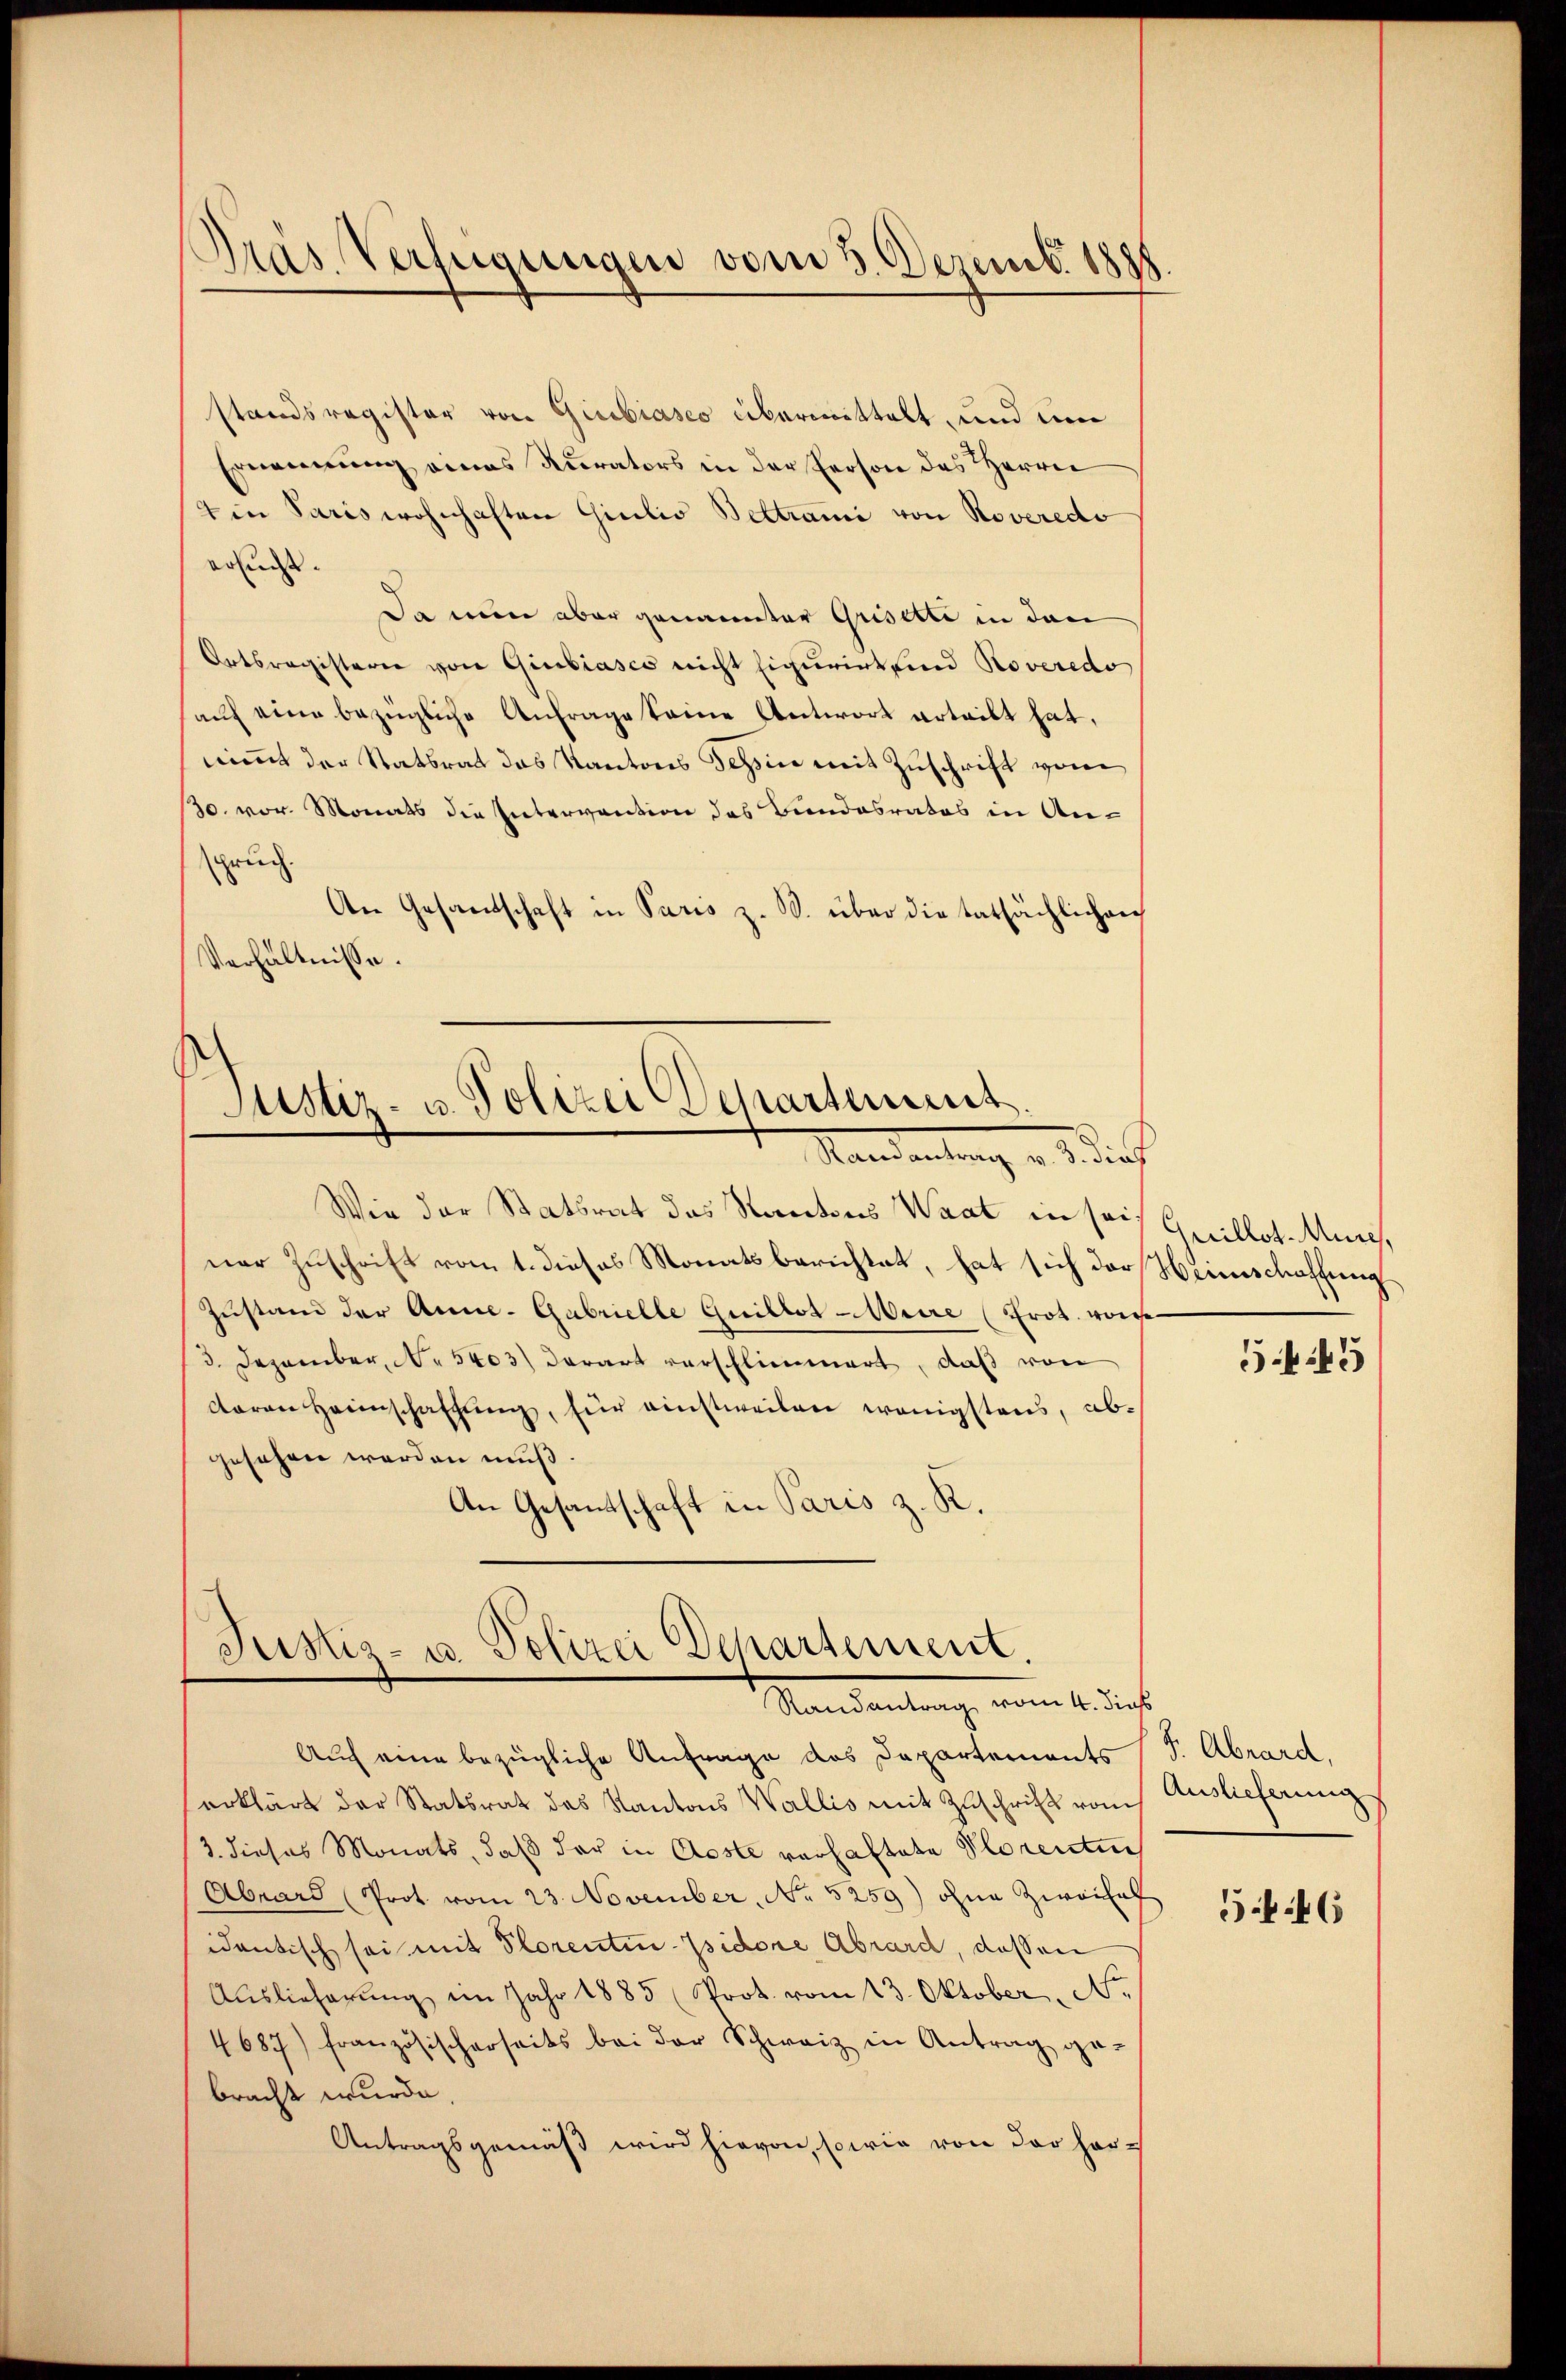
Präs. Verfügungen vom 3. Dezemb. 1888

standsregister von Giubiasco übermittelt, und um
Ernennung eines Kurators in der Person des Herrn
4 in Paris wohnhaften Gicilio Bettrami von Noverecto
ersucht.
Da nun aber genannter Grisette in den
Ortsregisterie von Giubiasco nicht figurirt sind Roveredo
auf eine bezügliche Anfrage keine Antwort erteilt hat,
nimt der Statsrat das Kantons Tessin mit Zuschrift von
30. vor. Monats die Intervention das Bundesrates in Anruch.
An Gesandtschaft in Paris z. B. über die tatsächlichen
Verhältnisse.

Justiz- u. Polizei Departement.
Mandantung v. 2. die

ner Zuschrift vom 1. dieses Monatsberichtet, hat sich der Heinschaffung
Zustand der Anne-Gabrielle Guillos Maire (Prot. vorge
3. Dezember, No 5403) derart verschlimmert, daß von
daren Heimschaffŭng, für einstweilen wenigstens, abgesehen werden muß.
An Gesandtschaft in Paris z. K.

Justiz- u. Polizei Departement.
Mandantung vom 1. das

Wie der Statsrat das Sanatons Waat in sois Grillot-Murch,

Auch eine bezügliche Anfrage das Departements P. Abrard,
erklärt der Statsrat des Kantons Wallis mit Zuschrift vom Auslieferung
3. dieses Monats, daß der in Aeste verhaftete Plorenten
Abrard (Prot. vom 23. November, No 5259) ohne Zweifel
identisch sei mit Florenten-Isidore Abrard, dassen
Auslieferŭng im Jahr 1885 (Prot. vom 13. Oktober No
4687) französischerseits bei der Schweiz in Antrag ge-
bracht wurde,
Antragsgemäß wird hievon, sowie von der her¬

545

546